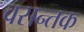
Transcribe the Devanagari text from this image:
वसन्तक